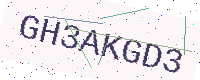
Text: GH3AKGD3